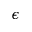
\epsilon